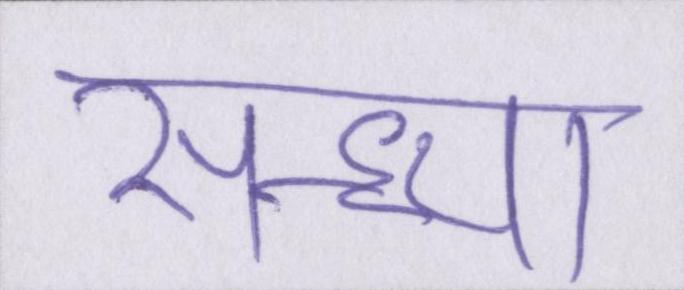
सन्ध्या